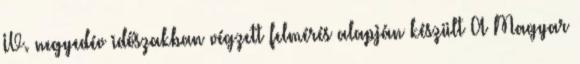
IV. negyedév időszakban végzett felmérés alapján készült A Magyar